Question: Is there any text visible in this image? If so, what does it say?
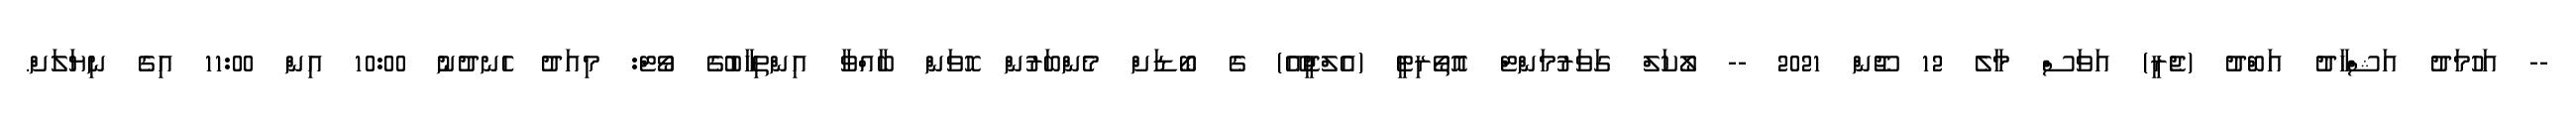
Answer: -- އަހުމަދު އަޝްހާދު އަބްދު (ޖެރީ) އަވަސް މާލެ 12 ޖޫން 2021 -- ލޯކަލް ގަވަރުމަންޓް އޮތޯރިޓީ (އެލްޖީއޭ) ގެ ބޯޑަށް މެންބަރުން ހޮވަން ބާއްވާ އިންތިހާބުގެ ވޯޓް: މިއަދު ހެނދުނު 10:00 އިން 11:00 އިގެ ނިޔަލަށް.